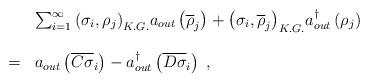
LaTeX: \begin{align*}\begin{array}{lll}&\ &\sum_{i=1}^{\infty}{\left(\sigma_i,\rho_j\right)}_{K.G.}a_{out}\left(\overline{\rho}_j\right)+{\left(\sigma_i,\overline{\rho}_j\right)}_{K.G.}a_{out}^{\dagger}\left(\rho_j\right)\\\\&=&a_{out}\left(\overline{C\sigma}_i\right)-a_{out}^{\dagger}\left(\overline{D\sigma}_i\right)\;,\end{array}\end{align*}